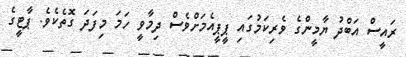
ރައީސް އަބްދު ޔާމީންގެ ވެރިކަމުގައި ޕީޕީއެމަށްވެސް ދިމާވީ ހަމަ މިފަދަ ގޮތެކެވެ. ޕާޓީގެ